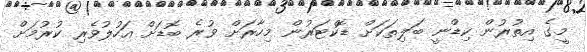
މީގެ އިތުރުން ކިޑްނީ ބަލިތަކަށް ޑޮކްޓަރުން މިހާރަށް ވުރެ ބޮޑަށް އަހުލުވެރި ކުރުމަށް